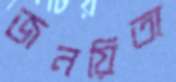
জনয়িতা